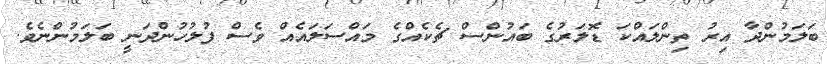
ބަލަމުންދާ އިރު ތިންލައްކަ ޑޮލަރުގެ ބައުންސް ޗެކެއްގެ މައްސަލައެއް ވެސް ފުލުހުންދަނީ ބަލަމުންނެވެ.